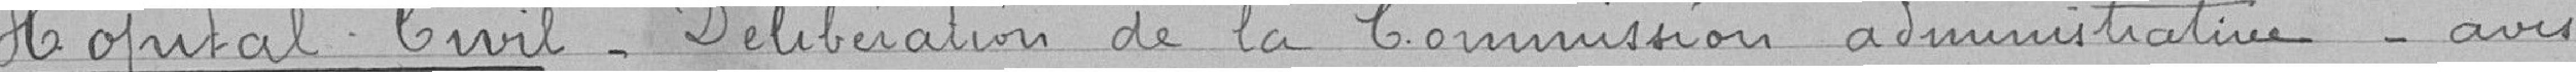
Hôpital Civil_ Délibération de la Commision adminuistrative_ Avis